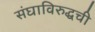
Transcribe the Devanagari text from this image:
संघाविरुद्धची